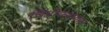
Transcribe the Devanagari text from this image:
चित्रीकरणात